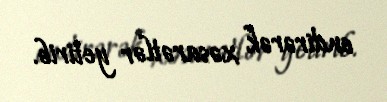
endirərək xəsarətlər yetirib.